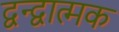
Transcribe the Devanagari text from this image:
द्वन्द्वात्मक